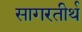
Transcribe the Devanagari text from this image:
सागरतीर्थ